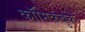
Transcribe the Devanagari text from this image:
कॉमिकबुके